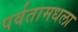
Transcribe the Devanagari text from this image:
पर्वतामधला